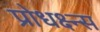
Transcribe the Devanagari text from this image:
प्रोधक्ष्न्स